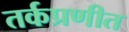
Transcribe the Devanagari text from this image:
तर्कप्रणीत